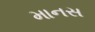
માનસ